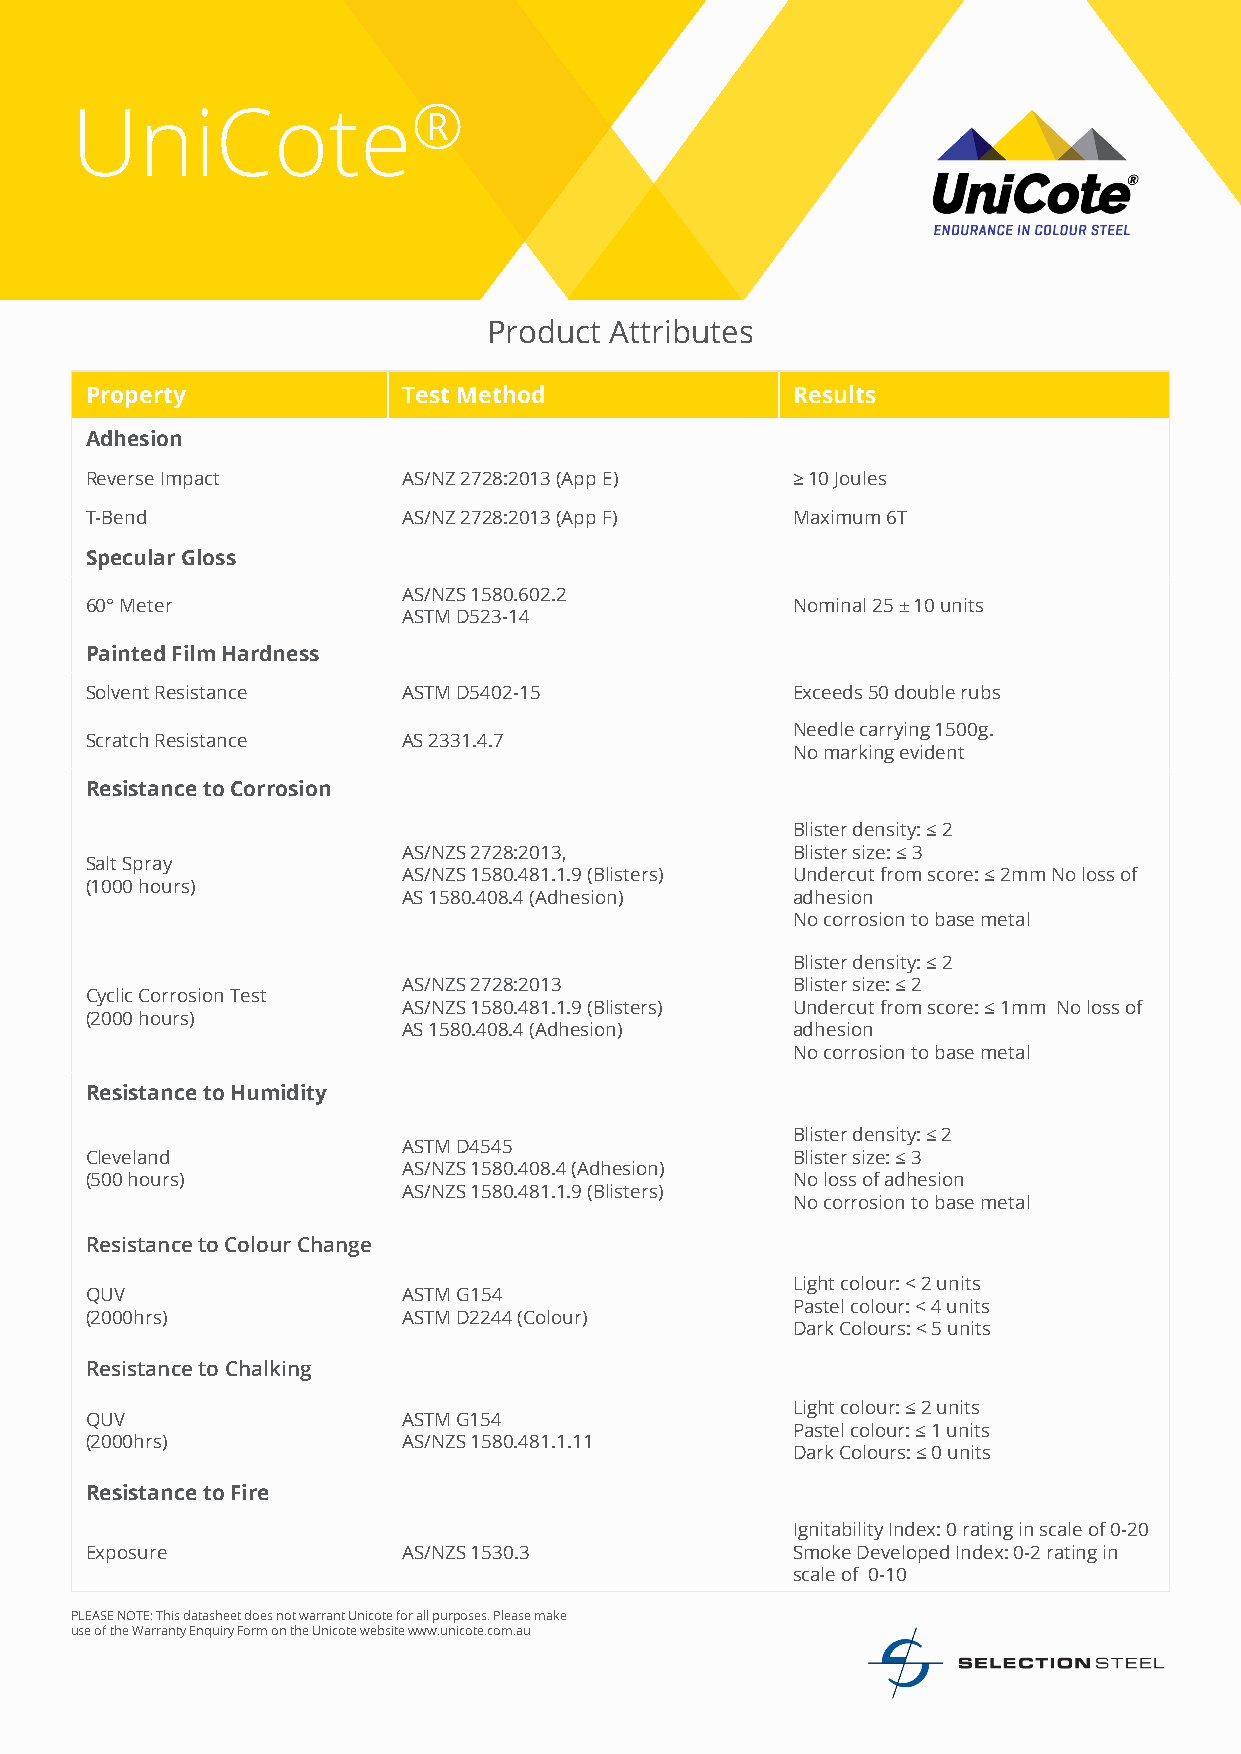
UniCote®
 Product Attributes
 Property             Test Method              Results
 Adhesion
 Reverse Impact       AS/NZ 2728:2013 (App E)  ≥ 10 Joules
 T-Bend               AS/NZ 2728:2013 (App F)  Maximum 6T
 Specular Gloss
 AS/NZS 1580.602.2
 60° Meter                                     Nominal 25 ± 10 units
 ASTM D523-14
 Painted Film Hardness
 Solvent Resistance   ASTM D5402-15            Exceeds 50 double rubs
 Needle carrying 1500g.
 Scratch Resistance   AS 2331.4.7
 No marking evident
 Resistance to Corrosion
 Blister density: ≤ 2
 AS/NZS 2728:2013,        Blister size: ≤ 3
 Salt Spray
 AS/NZS 1580.481.1.9 (Blisters) Undercut from score: ≤ 2mm No loss of
 (1000 hours)
 AS 1580.408.4 (Adhesion) adhesion
 No corrosion to base metal
 Blister density: ≤ 2
 AS/NZS 2728:2013         Blister size: ≤ 2
 Cyclic Corrosion Test
 AS/NZS 1580.481.1.9 (Blisters) Undercut from score: ≤ 1mm No loss of
 (2000 hours)
 AS 1580.408.4 (Adhesion) adhesion
 No corrosion to base metal
 Resistance to Humidity
 Blister density: ≤ 2
 ASTM D4545
 Cleveland                                     Blister size: ≤ 3
 AS/NZS 1580.408.4 (Adhesion)
 (500 hours)                                   No loss of adhesion
 AS/NZS 1580.481.1.9 (Blisters)
 No corrosion to base metal
 Resistance to Colour Change
 Light colour: < 2 units
 QUV                  ASTM G154
 Pastel colour: < 4 units
 (2000hrs)            ASTM D2244 (Colour)
 Dark Colours: < 5 units
 Resistance to Chalking
 Light colour: ≤ 2 units
 QUV                  ASTM G154
 Pastel colour: ≤ 1 units
 (2000hrs)            AS/NZS 1580.481.1.11
 Dark Colours: ≤ 0 units
 Resistance to Fire
 Ignitability Index: 0 rating in scale of 0-20
 Exposure             AS/NZS 1530.3            Smoke Developed Index: 0-2 rating in
 scale of 0-10
 PLEASE NOTE: This datasheet does not warrant Unicote for all purposes. Please make
 use of the Warranty Enquiry Form on the Unicote website www.unicote.com.au